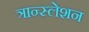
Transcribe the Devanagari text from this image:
त्रान्स्लेशन